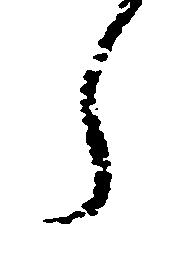
ら